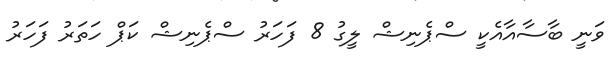
ވަނީ ބާސާއާއެކީ ސްޕެނިޝް ލީގު 8 ފަހަރު ސްޕެނިޝް ކަޕް ހަތަރު ފަހަރު